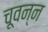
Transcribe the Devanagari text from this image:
चूवन्न